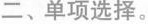
二、单项选择。